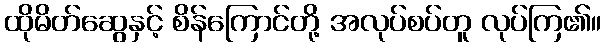
ထိုမိတ်ဆွေနှင့် စိန်ကြောင်တို့ အလုပ်စပ်တူ လုပ်ကြ၏။